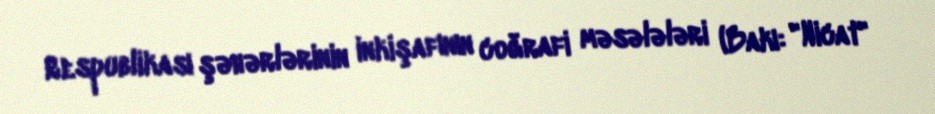
Respublikası şəhərlərinin inkişafının coğrafi məsələləri (Bakı: "Nicat"